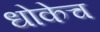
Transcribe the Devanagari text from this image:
धोकेच